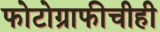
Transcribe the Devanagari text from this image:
फोटोग्राफीचीही